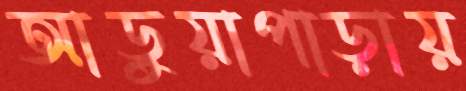
আড়ুয়াপাড়ায়